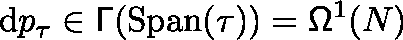
\mathrm { d } p _ { \tau } \in \mathsf { \Gamma } ( \mathrm { S p a n } ( \tau ) ) = \mathsf { \Omega } ^ { 1 } ( N )